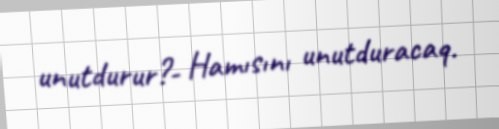
unutdurur?- Hamısını unutduracaq.